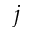
j